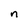
Character: n